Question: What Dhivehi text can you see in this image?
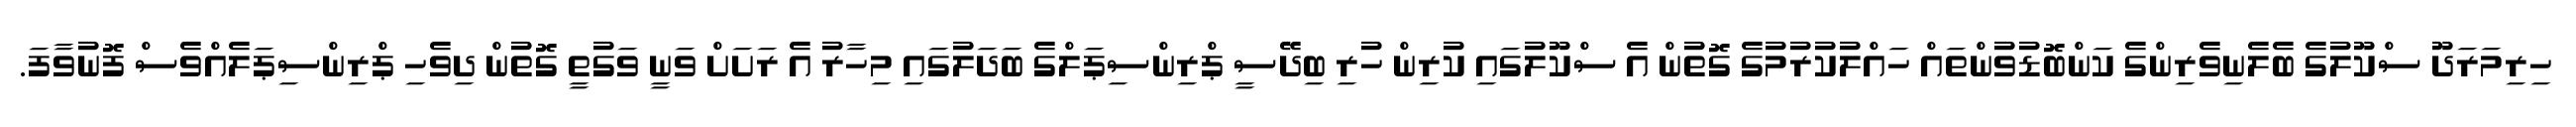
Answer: ހިރިމަރަދޫ ސްކޫލުގެ ބެލެނިވެރިންގެ ކަންބޮޑުވުންތައް ހައްލުކުރުމުގެ ގޮތުން އެ ސްކޫލުގައި ކުރިން ހުރި ބިދޭސީ ޕްރިންސިޕަލްގެ ބަދަލުގައި މިހާރު އެ ރަށަށް ވަނީ ވަގުތީ ގޮތުން ދިވެހި ޕްރިންސިޕަލެއްވެސް ފޮނުވާފަ.